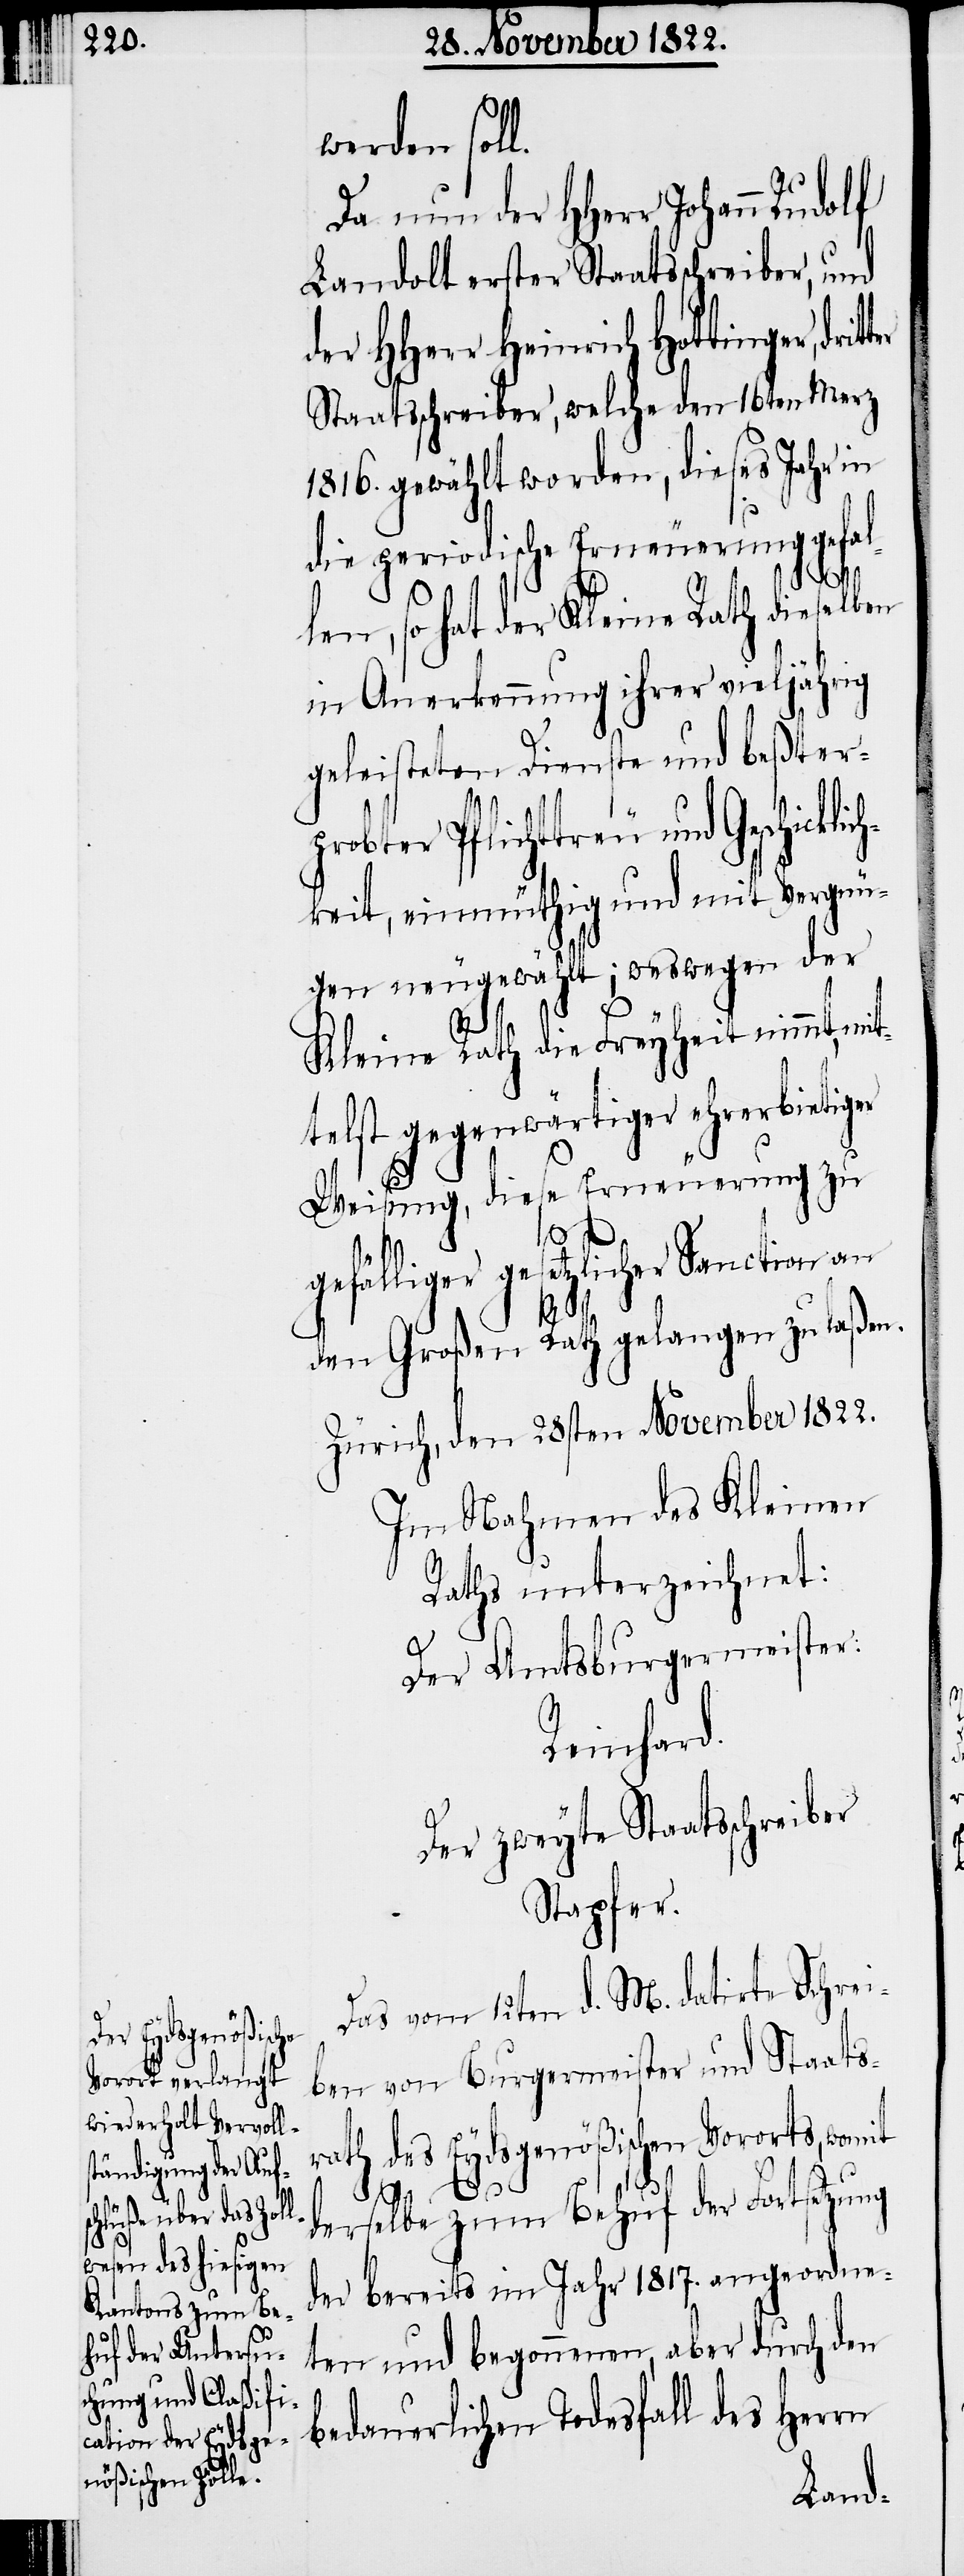
klich¬

werden soll.
Da nun der HHerr Johann Rudolf
Landolt erster Staatsschreiber, und
der HHerr Heinrich Hottinger,
Staatsschreiber, welche den 16ten Merz
1816. gewählt worden, dieses Jahr in
die periodische Erneuerung gefal¬
len, so hat der Kleine Rath dieselben
in Anerkennung ihrer vieljährig
geleisteten Dienste und beßterp¬
robter Pflichttreu und Geschic¬
keit, einmüthig und mit Vergnü¬
gen neu gewählt; weswegen der
Kleine Rath die Freyheit nimmt, mit¬
telst gegenwärtiger ehrerbietiger
Weisung, diese Erneuerung zu
gefälliger gesetzlicher Sanction an
den Großen Rath gelangen zu laßen.
Zürich, den 28sten November 1822.
Im Nahmen des Kleinen
Raths unterzeichnet:
Der Amtsburgermeister:
Reinhard.
Der zweyte Staatsschreiber
Stapfer.
Das vom 12ten d. M. datirte Schrei¬
ben von Burgermeister und Staats¬
rath des Eydsgenößischen Vororts, womit
derselbe zum Behuf der Fortsetzung
der bereits im Jahr 1817. angeordne¬
ten und begonnenen, aber durch den
bedauerlichen Todesfall des Herrn